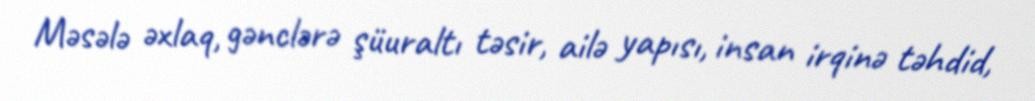
Məsələ əxlaq, gənclərə şüuraltı təsir, ailə yapısı, insan irqinə təhdid,